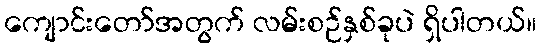
ကျောင်းတော်အတွက် လမ်းစဉ်နှစ်ခုပဲ ရှိပါတယ်။